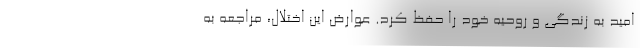
امید به زندگی و روحیه خود را حفظ کرد. عوارض این اختلال، مراجعه به